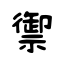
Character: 禦